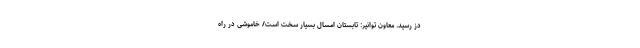
دُز رسید. معاون توانیر: تابستان امسال بسیار سخت است/ خاموشی در راه